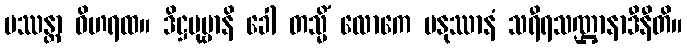
ပဿန္တာ ဝိဟရထ။ ဒိဋ္ဌပုဗ္ဗာနိ ခေါ တသ္မိံ လောကေ မနုဿာနံ သရီရသဏ္ဌာနာဒီနီတိ။